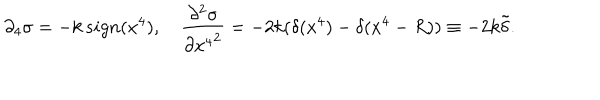
LaTeX: \partial _ { 4 } \sigma = - k \, s i g n ( x ^ { 4 } ) , \quad \frac { \partial ^ { 2 } \sigma } { \partial { x ^ { 4 } } ^ { 2 } } = - 2 k ( \delta ( x ^ { 4 } ) - \delta ( x ^ { 4 } - R ) ) \equiv - 2 k \tilde { \delta } .